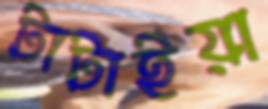
টাটাইয়া